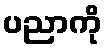
ပညာကို